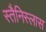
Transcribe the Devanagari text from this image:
स्तैनिस्लास